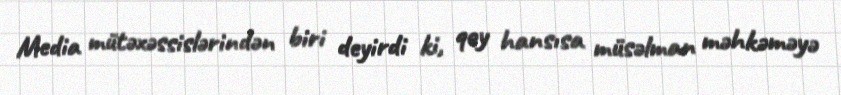
Media mütəxəssislərindən biri deyirdi ki, qoy hansısa müsəlman məhkəməyə